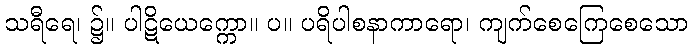
သရီရေ၊ ၌။ ပါဋိယေက္ကော။ ပ။ ပရိပါစနာကာရော၊ ကျက်စေကြေစေသော